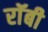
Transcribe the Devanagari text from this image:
राॅबी